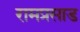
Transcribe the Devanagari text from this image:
रामप्रसाड